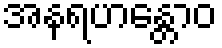
အနရဟန္တောဝ